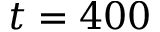
t = 4 0 0